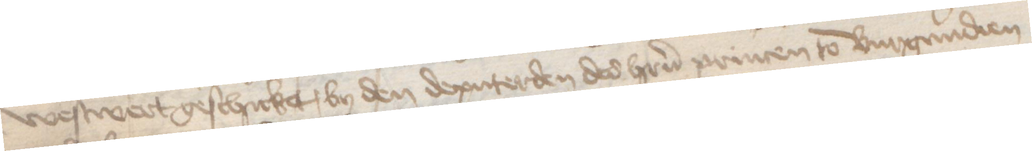
westwert geschicket, by den deputerden des heren princen to Burgundien